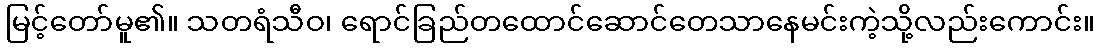
မြင့်တော်မူ၏။ သတရံသီဝ၊ ရောင်ခြည်တထောင်ဆောင်တေသာနေမင်းကဲ့သို့လည်းကောင်း။